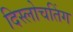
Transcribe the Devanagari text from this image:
दिस्लोचतिंग